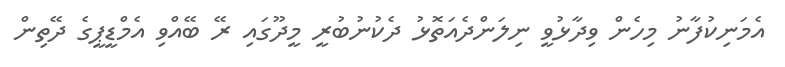
އެމަނިކުފާނު މިހެން ވިދާޅުވީ ނިލަންދެއަތޮޅު ދެކުނުބުރީ މީދޫގައި ރޭ ބޭއްވި އެމްޑީޕީގެ ދޭތިން